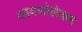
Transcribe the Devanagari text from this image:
आयसोलेशन